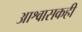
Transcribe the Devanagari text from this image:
आश्वासकही